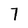
Character: 7